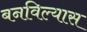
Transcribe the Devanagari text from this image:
बनविल्यास